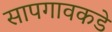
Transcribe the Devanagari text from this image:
सापगावकडे